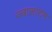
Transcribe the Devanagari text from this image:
ज्वालाराम